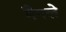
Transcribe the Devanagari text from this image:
मैपले